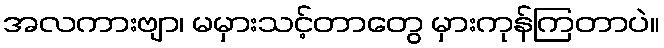
အလကားဗျာ၊ မမှားသင့်တာတွေ မှားကုန်ကြတာပဲ။